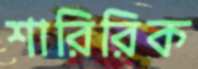
শারিরিক